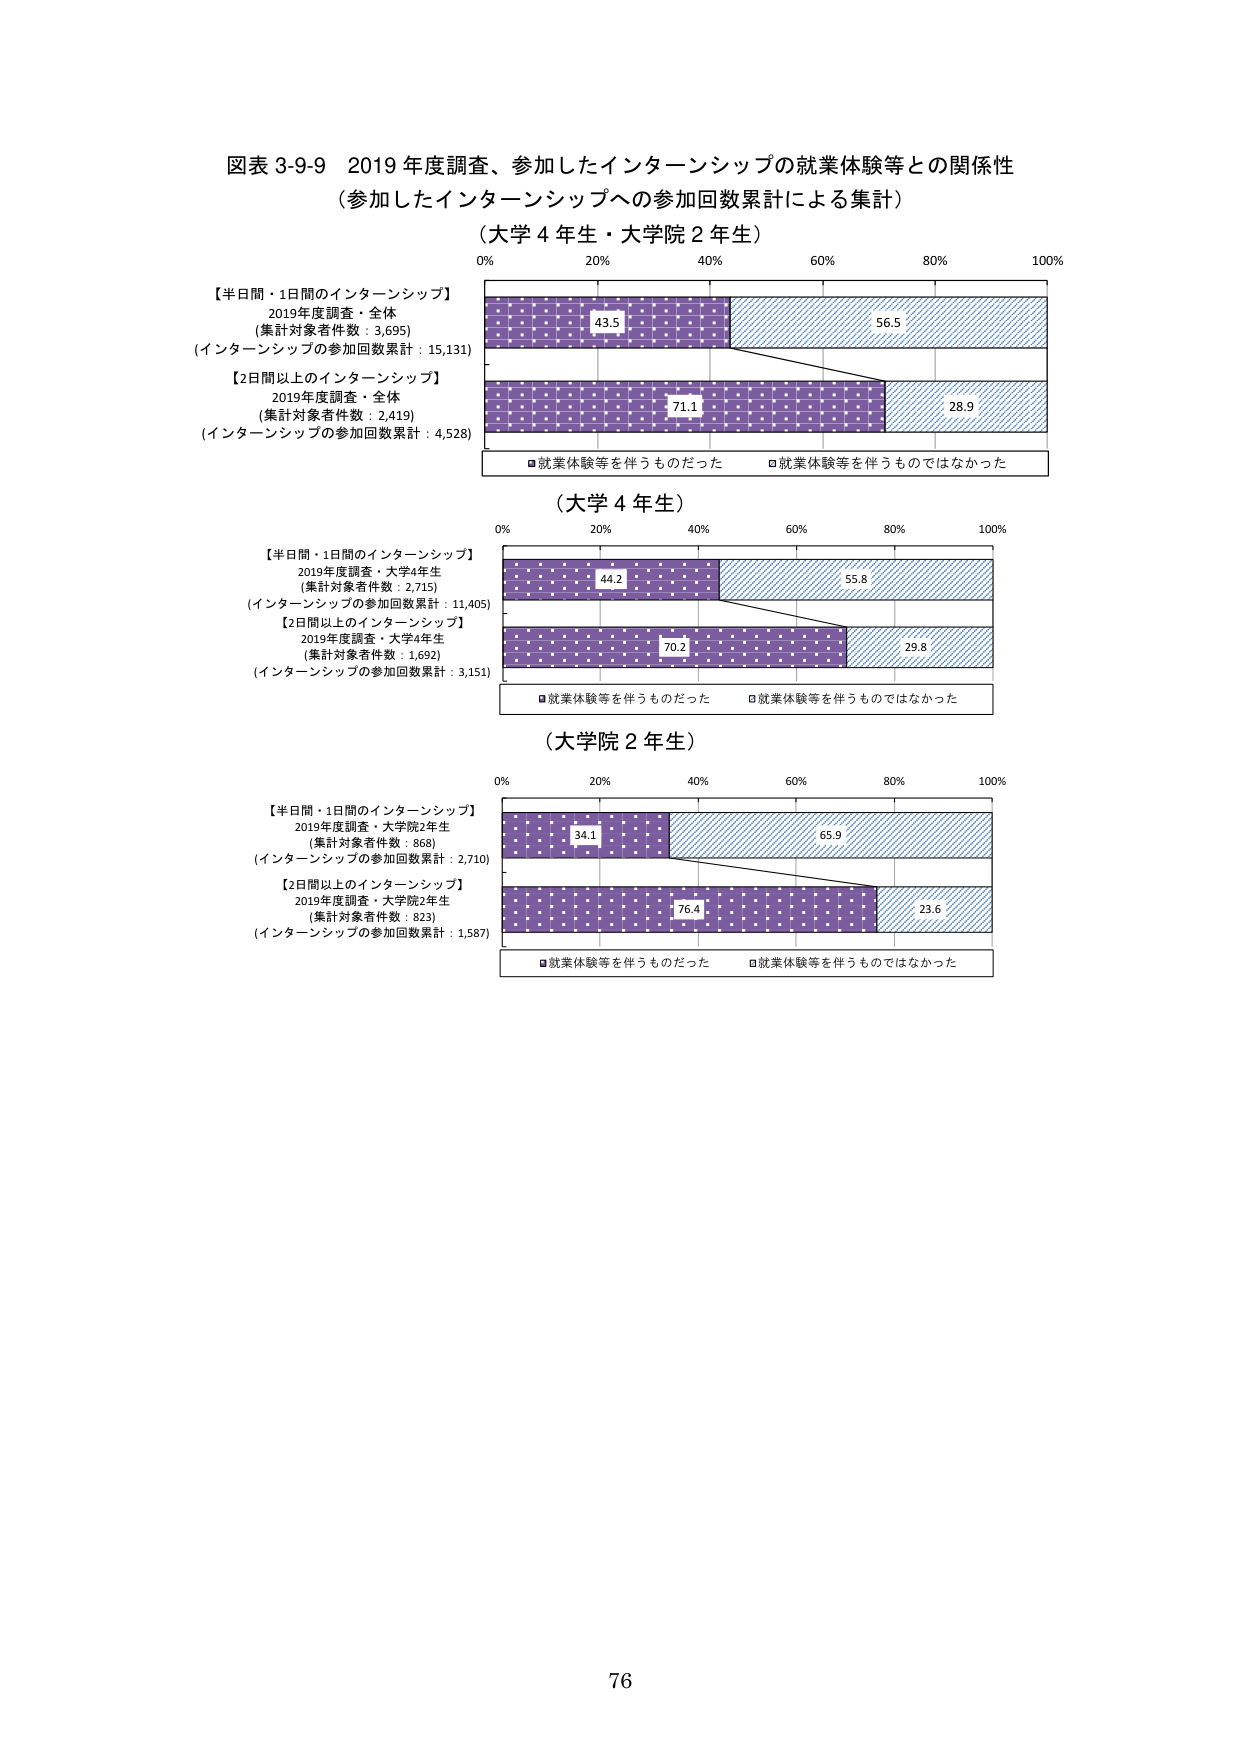
図表 3-9-9 2019 年度調査、参加したインターンシップの就業体験等との関係性
（参加したインターンシップへの参加回数累計による集計）
（大学 4 年生・大学院 2 年生）

【半日間・1日間のインターンシップ】
2019年度調査・全体
（集計対象者件数：3,695）
（インターンシップの参加回数累計：15,131）

【2日間以上のインターンシップ】
2019年度調査・全体
（集計対象者件数：2,419）
（インターンシップの参加回数累計：4,528）

□就業体験等を伴うものだった
□就業体験等を伴うものではなかった

（大学 4 年生）

【半日間・1日間のインターンシップ】
2019年度調査・大学4年生
（集計対象者件数：2,715）
（インターンシップの参加回数累計：11,405）

【2日間以上のインターンシップ】
2019年度調査・大学4年生
（集計対象者件数：1,692）
（インターンシップの参加回数累計：3,151）

□就業体験等を伴うものだった
□就業体験等を伴うものではなかった

（大学院 2 年生）

【半日間・1日間のインターンシップ】
2019年度調査・大学院2年生
（集計対象者件数：868）
（インターンシップの参加回数累計：2,710）

【2日間以上のインターンシップ】
2019年度調査・大学院2年生
（集計対象者件数：823）
（インターンシップの参加回数累計：1,587）

□就業体験等を伴うものだった
□就業体験等を伴うものではなかった

43.5
56.5
71.1
28.9
44.2
55.8
70.2
29.8
34.1
65.9
76.4
23.6

0% 20% 40% 60% 80% 100%
0% 20% 40% 60% 80% 100%
0% 20% 40% 60% 80% 100%

76